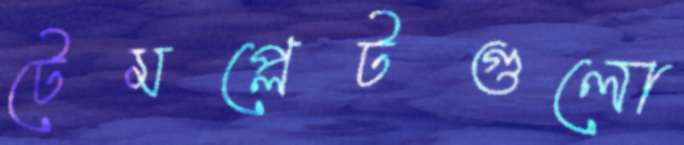
টেমপ্লেটগুলো